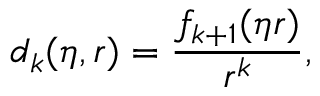
d _ { k } ( \eta , r ) = \frac { f _ { k + 1 } ( \eta r ) } { r ^ { k } } ,